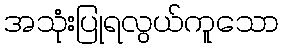
အသုံးပြုရလွယ်ကူသော